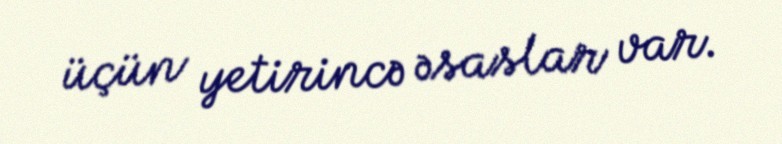
üçün yetirincə əsaslar var.